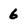
Character: 6